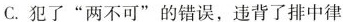
C.犯了”两不可”的错误，违背了排中律